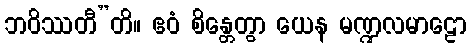
ဘဝိဿတီ”တိ။ ဧဝံ စိန္တေတွာ ယေန မဏ္ဍလမာဠော